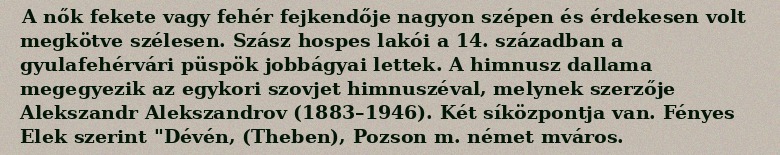
A nők fekete vagy fehér fejkendője nagyon szépen és érdekesen volt megkötve szélesen. Szász hospes lakói a 14. században a gyulafehérvári püspök jobbágyai lettek. A himnusz dallama megegyezik az egykori szovjet himnuszéval, melynek szerzője Alekszandr Alekszandrov (1883–1946). Két síközpontja van. Fényes Elek szerint "Dévén, (Theben), Pozson m. német mváros.